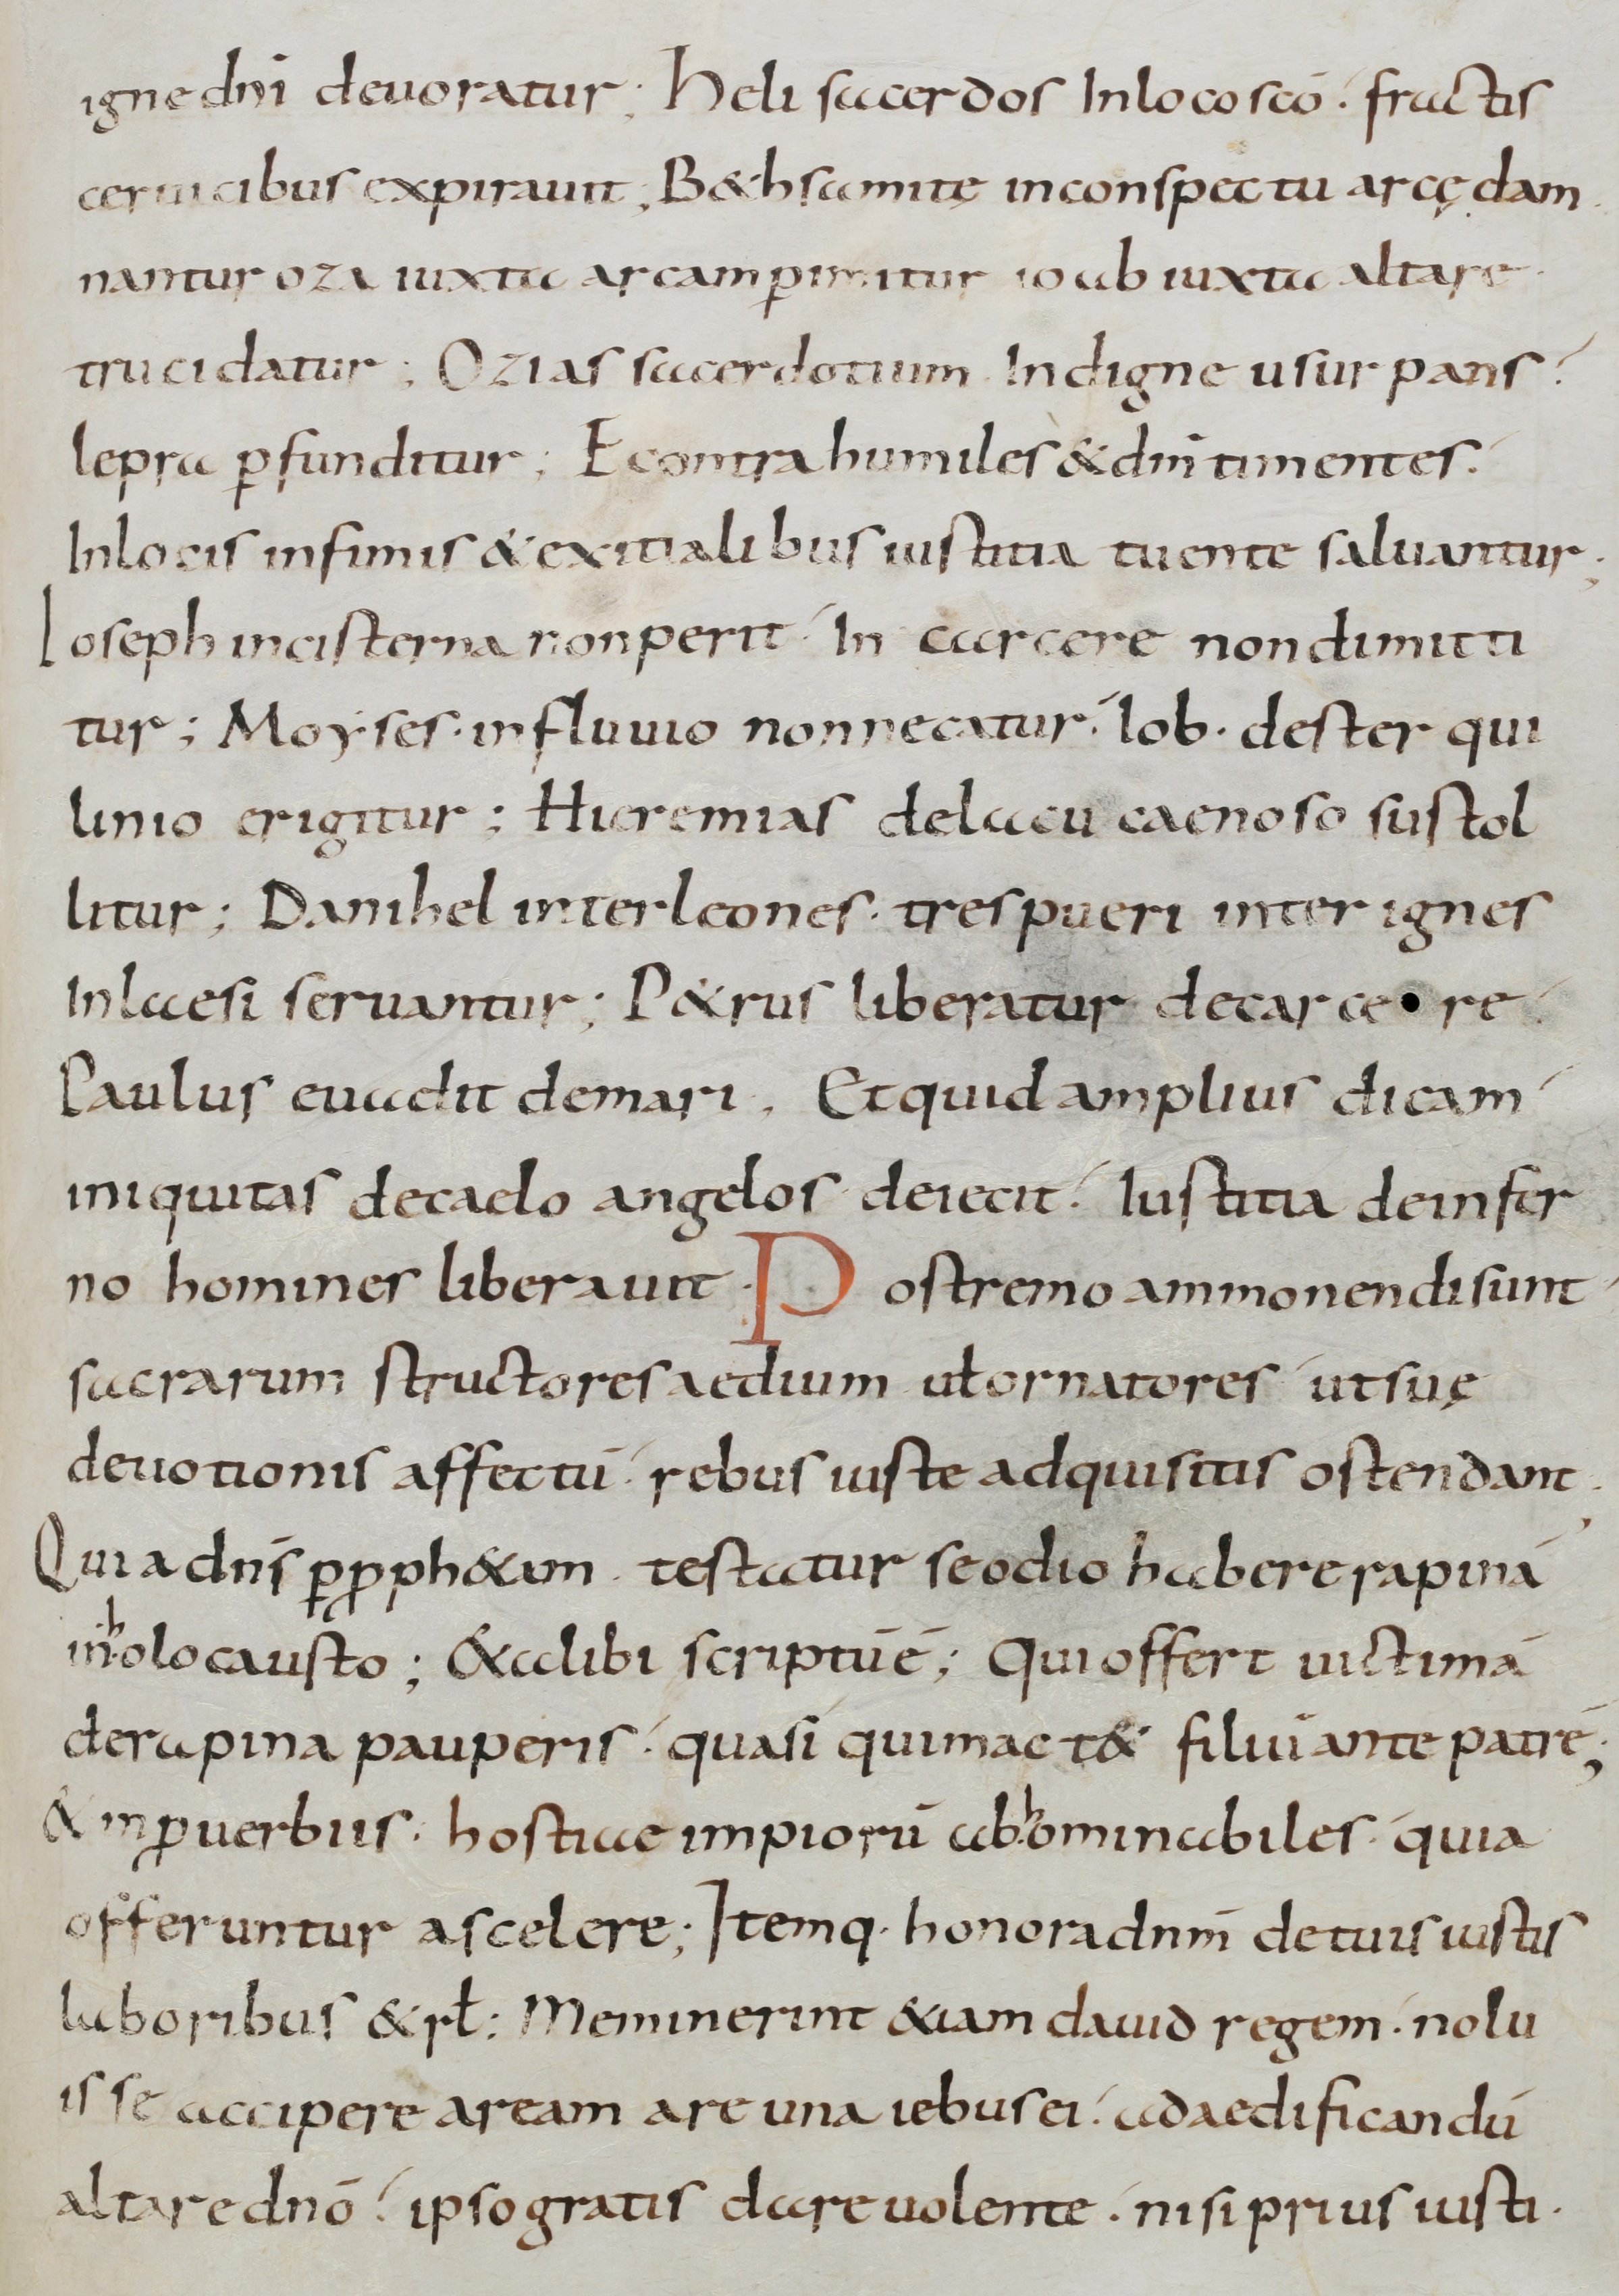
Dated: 900–999